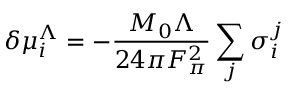
\delta \mu _ { i } ^ { \Lambda } = - { \frac { M _ { 0 } \Lambda } { 2 4 \pi F _ { \pi } ^ { 2 } } } \sum _ { j } \sigma _ { i } ^ { j }